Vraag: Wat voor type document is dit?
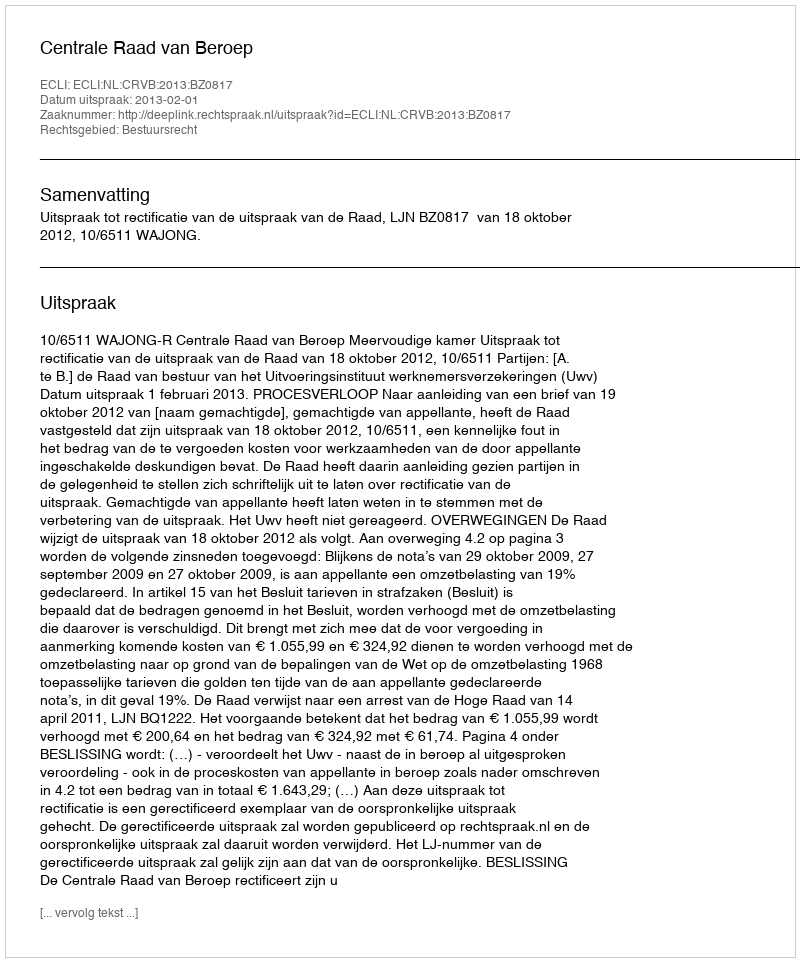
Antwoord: Uitspraak